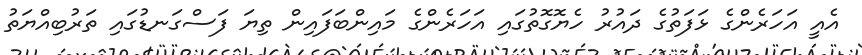
އެއީ އަހަރެންގެ ޅަފަތުގެ ދައުރު ހެޔޮގޮތުގައި އަހަރެންގެ މައިންބަފައިން ތިޔަ ފަސްގަނޑުގައި ތަރުބިއްޔަތު